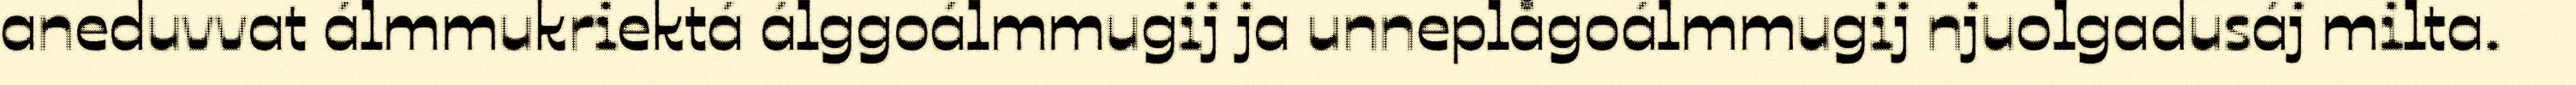
aneduvvat álmmukriektá álggoálmmugij ja unneplågoálmmugij njuolgadusáj milta.